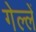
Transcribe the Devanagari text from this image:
गेल्लें